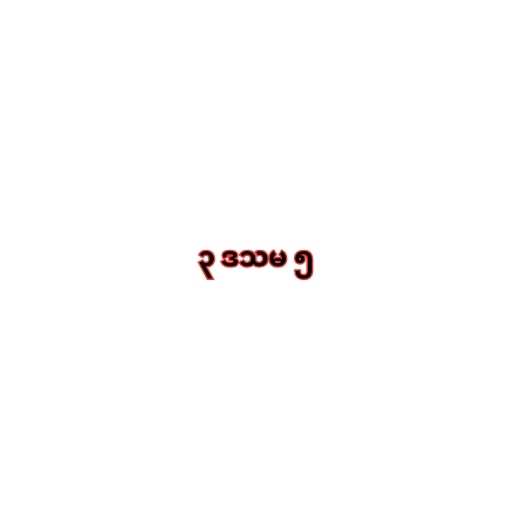
၃ ဒသမ ၅